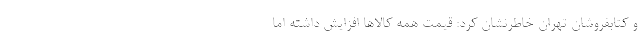
و کتابفروشان تهران خاطرنشان کرد: قیمت همه کالاها افزایش داشته اما